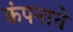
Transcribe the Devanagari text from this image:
कंपनाचे